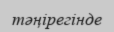
тәңірегінде